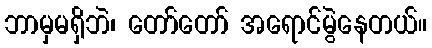
ဘာမှမရှိဘဲ၊ တော်တော် အရောင်မွဲနေတယ်။